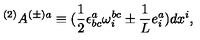
^ { ( 2 ) } A ^ { ( \pm ) a } \equiv ( \frac { 1 } { 2 } \epsilon _ { \mathrm { } b c } ^ { a } \omega _ { i } ^ { b c } \pm \frac { 1 } { L } e _ { i } ^ { a } ) d x ^ { i } ,